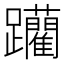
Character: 躪